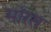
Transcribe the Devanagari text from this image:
मॉरस